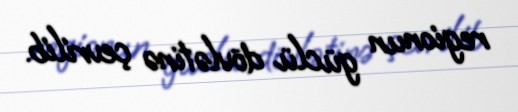
regionun güclü dövlətinə çevrilib.